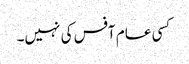
کسی عام آفس کی نہیں۔